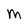
Character: M